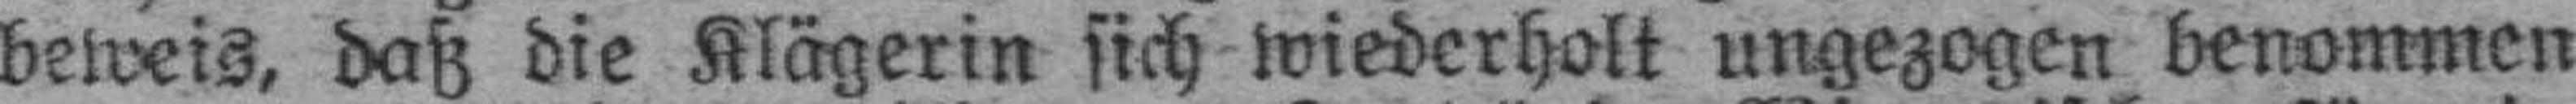
beweis, daß die Klägerin sich wiederholt ungezogen benommen